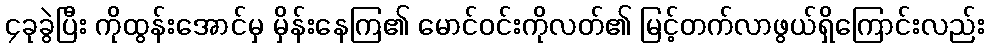
၄ခုခွဲပြီး ကိုထွန်းအောင်မှ မှိန်းနေကြ၏ မောင်ဝင်းကိုလတ်၏ မြင့်တက်လာဖွယ်ရှိကြောင်းလည်း